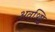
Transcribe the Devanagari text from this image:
अवश्ष्टि